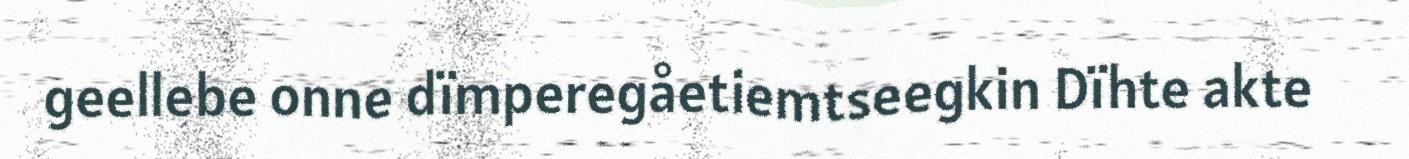
geellebe onne dïmperegåetiemtseegkin Dïhte akte